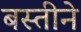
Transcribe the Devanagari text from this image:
बस्तीने